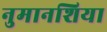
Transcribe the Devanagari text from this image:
नुमानशिया